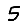
Digit: 5